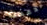
دعمك